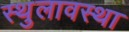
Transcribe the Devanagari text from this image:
स्थुलावस्था